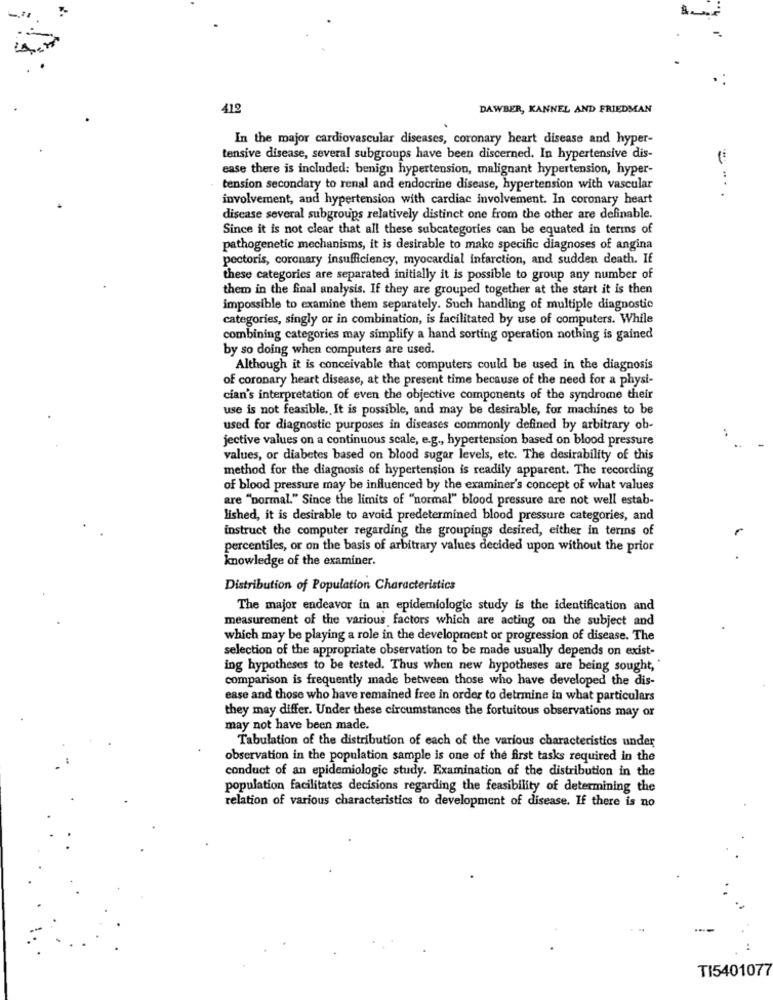
412
DAWBER, KANNEL AND FRIEDMAN
In the major cardiovascular diseases, coronary heart disease and hyper-
tensive disease, several subgroups have been discerned. In hypertensive dis-
ease there is included: benign hypertension, malignant hypertension, hyper-
tension secondary to renal and endocrine disease, hypertension with vascular
=...
involvement, and hypertension with cardiac involvement. In coronary heart
disease several subgroups relatively distinct one from the other are definable.
Since it is not clear that all these subcategories can be equated in terms of
pathogenetic mechanisms, it is desirable to make specific diagnoses of angina
pectoris, coronary insufficiency, myocardial infarction, and sudden death. If
these categories are separated initially it is possible to group any number of
them in the final analysis. If they are grouped together at the start it is then
impossible to examine them separately. Such handling of multiple diagnostic
categories, singly or in combination, is facilitated by use of computers. While
combining categories may simplify a hand sorting operation nothing is gained
by so doing when computers are used.
Although it is conceivable that computers could be used in the diagnosis
of coronary heart disease, at the present time because of the need for a physi-
cian's interpretation of even the objective components of the syndrome their
use is not feasible. It is possible, and may be desirable, for machines to be
used for diagnostic purposes in diseases commonly defined by arbitrary ob-
jective values on a continuous scale, e.g ., hypertension based on blood pressure
values, or diabetes based on blood sugar levels, etc. The desirability of this
method for the diagnosis of hypertension is readily apparent. The recording
of blood pressure may be influenced by the examiner's concept of what values
are "normal." Since the limits of "normal" blood pressure are not well estab-
lished, it is desirable to avoid predetermined blood pressure categories, and
instruct the computer regarding the groupings desired, either in terms of
percentiles, or on the basis of arbitrary values decided upon without the prior
knowledge of the examiner.
Distribution of Population Characteristics
The major endeavor in an epidemiologic study is the identification and
measurement of the various factors which are acting on the subject and
which may be playing a role in the development or progression of disease. The
selection of the appropriate observation to be made usually depends on exist-
ing hypotheses to be tested. Thus when new hypotheses are being sought,
comparison is frequently made between those who have developed the dis-
ease and those who have remained free in order to detrmine in what particulars
they may differ. Under these circumstances the fortuitous observations may or
may not have been made.
Tabulation of the distribution of each of the various characteristics under
observation in the population sample is one of the first tasks required in the
conduct of an epidemiologic study. Examination of the distribution in the
population facilitates decisions regarding the feasibility of determining the
relation of various characteristics to development of disease. If there is no
TI5401077